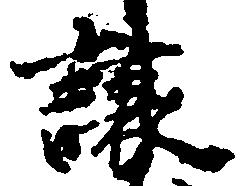
譲